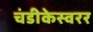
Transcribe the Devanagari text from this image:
चंडीकेस्वरर